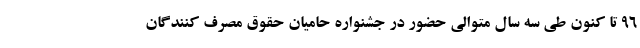
۹۶ تا کنون طی سه سال متوالی حضور در جشنواره حامیان حقوق مصرف کنندگان